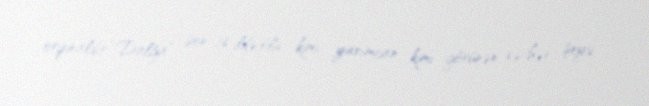
orijinaldır.“Dalğa” son 16 ildə ölü kimi, yarımcan kimi görünən və hər şeyə,